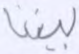
بيننا